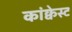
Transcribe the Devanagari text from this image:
कांक्वेस्ट